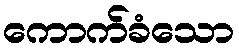
ကောက်ခံသော